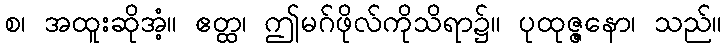
စ၊ အထူးဆိုအံ့။ ဧတ္ထ၊ ဤမဂ်ဖိုလ်ကိုသိရာ၌။ ပုထုဇ္ဇနော၊ သည်။